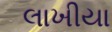
લાખીયા